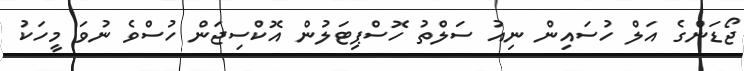
ޖޯޑަންގެ އަލް ހުސައިން ނިއު ސަލްތު ހޮސްޕިޓަލުން އޮކްސިޖަން ހުސްވެ ނުވަ މީހަކު